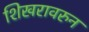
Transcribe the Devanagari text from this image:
शिखरावरुन